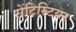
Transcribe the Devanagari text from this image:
सेंटिस्टियर